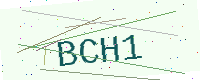
Text: BCH1